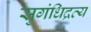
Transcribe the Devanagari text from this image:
सुगंधिद्रव्य